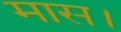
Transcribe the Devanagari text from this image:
मास।